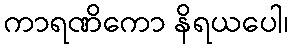
ကာရဏိကော နိရယပေါ၊